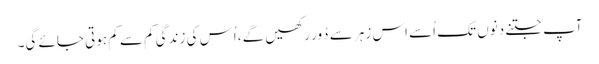
آپ جتنے دِنوں تک اُسے اس زہر سے دُور رکھیں گے، اُس کی زندگی کم سے کم ہوتی جائے گی۔